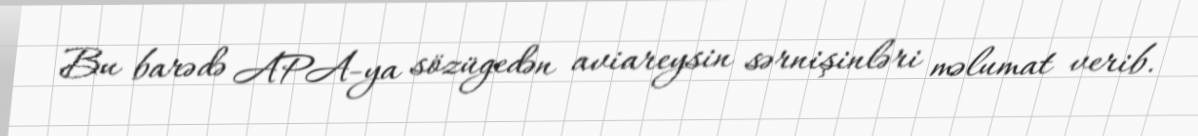
Bu barədə APA-ya sözügedən aviareysin sərnişinləri məlumat verib.